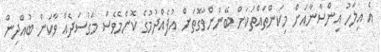
އެ އިލާހު އިންސާނާއަށް މިކަންތައްތަކަށް ބޭނުންވާގޮތަށް އުފެއްދުމުގެ ކޮންމެވެސް މަގުސަދެއް ވާކަން ބުއްދިން